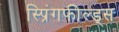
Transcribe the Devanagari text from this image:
स्प्रिंगफील्ड्स